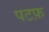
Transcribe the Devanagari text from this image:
पटफ़